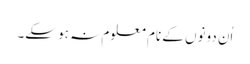
اُن دونوں کے نام معلوم نہ ہو سکے۔